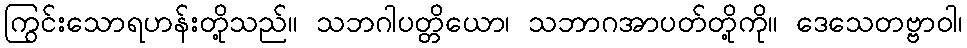
ကြွင်းသောရဟန်းတို့သည်။ သဘဂါပတ္တိယော၊ သဘာဂအာပတ်တို့ကို။ ဒေသေတဗ္ဗာဝါ၊